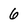
Character: 6